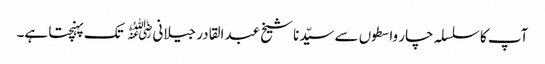
آپ کا سلسلہ چار واسطوں سے سیّدنا شیخ عبدالقادر جیلانی﷜ تک پہنچتا ہے۔